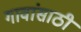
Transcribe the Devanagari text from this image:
गावांसाठी